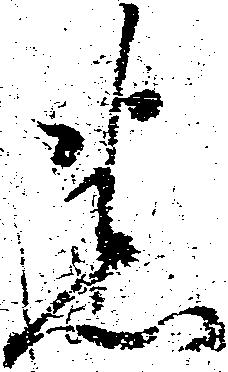
悉